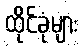
ထိုင်ခုံများ